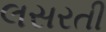
લસરતી